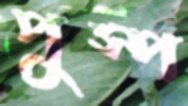
পুস্প